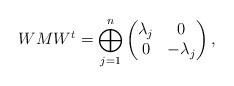
LaTeX: \begin{align*} W M W^t=\bigoplus_{j=1}^n\begin{pmatrix} \lambda_j & 0 \\ 0 & -\lambda_j \\ \end{pmatrix},\end{align*}